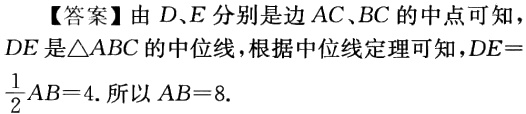
【答案】由 \(D、E\) 分别是边 \(AC、BC\) 的中点可知，\(DE\) 是\(\triangle ABC\) 的中位线，根据中位线定理可知，\(DE = \frac{1}{2}AB = 4\). 所以 \(AB = 8\).